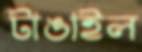
টাঙাইল